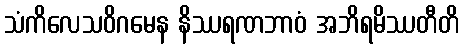
သံကိလေသဝိဂမေန နိဿရဏဘာဝံ အဘိရမိဿတီတိ